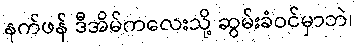
နက်ဖန် ဒီအိမ်ကလေးသို့ ဆွမ်းခံဝင်မှာဘဲ၊